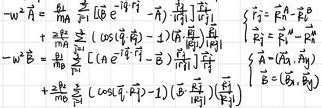
\[
\begin{align*}
-\omega^{2}\vec{A}&= \frac{m_{\alpha}}{m_{\beta}}\frac{\hbar^{2}}{I}\left([\hat{\mathbf{e}}^{(\vec{q})}\cdot\hat{\mathbf{j}}^{(\mathrm{i})}]-\vec{A}\right)\cdot\left[\frac{\hat{\mathbf{j}}^{(\mathrm{i})}}{|\hat{\mathbf{j}}^{(\mathrm{i})}|}\right]\\
-\omega^{2}\vec{B}&= \frac{m_{\alpha}}{m_{\beta}}\frac{\hbar^{2}}{I}\left[\left(A\mathrm{e}^{\mathrm{i}\vec{q}\cdot\vec{l}_{1}^{(\mathrm{i})}}-\vec{B}\right)\cdot\left[\frac{\hat{\mathbf{j}}^{(\mathrm{i})}}{|\hat{\mathbf{j}}^{(\mathrm{i})}|}\right]\right]\frac{\hat{\mathbf{j}}^{(\mathrm{i})}}{|\hat{\mathbf{j}}^{(\mathrm{i})}|}\\
&+\frac{m_{\alpha}}{m_{\beta}}\frac{\hbar^{2}}{I}\left(\cos(\vec{q}\cdot\vec{l}_{1}^{(\mathrm{i})}) - 1\right)\left(\frac{\vec{B}\cdot\hat{\mathbf{j}}^{(\mathrm{i})}}{|\hat{\mathbf{j}}^{(\mathrm{i})}|}\right)\frac{\hat{\mathbf{j}}^{(\mathrm{i})}}{|\hat{\mathbf{j}}^{(\mathrm{i})}|}\\
\end{align*}
\]
\[
\begin{cases}
\vec{F}^{\mathrm{el}} = \vec{F}^{\mathrm{el},0}-\vec{A}\\
\vec{F}^{\mathrm{el}} = \vec{F}^{\mathrm{el},0}-\vec{B}\\
\vec{A} = (\vec{A}\cdot\hat{\mathbf{j}}^{(\mathrm{i})})\\
\vec{B} = (\vec{B}\cdot\hat{\mathbf{j}}^{(\mathrm{i})})
\end{cases}
\]